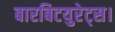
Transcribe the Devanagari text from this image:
बारबिटयुरेट्स।